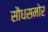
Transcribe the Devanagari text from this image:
सौधसमोर